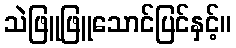
သဲဖြူဖြူသောင်ပြင်နှင့်။